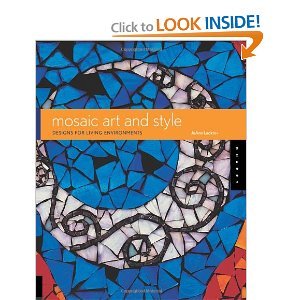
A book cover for Mosaic Art and Style byLocktov; Locktov; Arts & Photography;